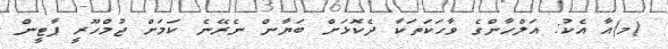
(މ)އާ އެކު: އަލްހާންގެ ވާހަކަތަކާ ދެކޮޅަށް ބަޔާން ނެރޭނެ ކަމަށް ޖުމްހޫރީ ޕާޓީން